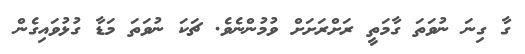
ގާ ގިނަ ނުވަތަ ގާމަތީ ރަށްރަށަށް ވުމުންނެވެ. ޗަކަ ނުވަތަ މަޑާ ގުޅުވައިގެން